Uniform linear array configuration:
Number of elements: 48
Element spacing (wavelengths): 0.5
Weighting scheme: kaiser
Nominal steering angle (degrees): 60
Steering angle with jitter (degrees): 61.927
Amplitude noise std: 0.05
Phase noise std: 0.05

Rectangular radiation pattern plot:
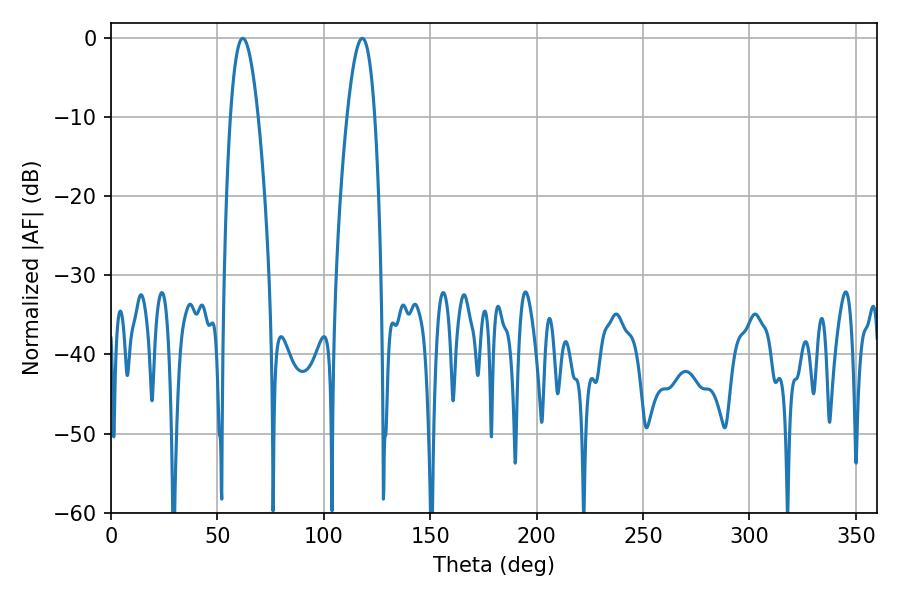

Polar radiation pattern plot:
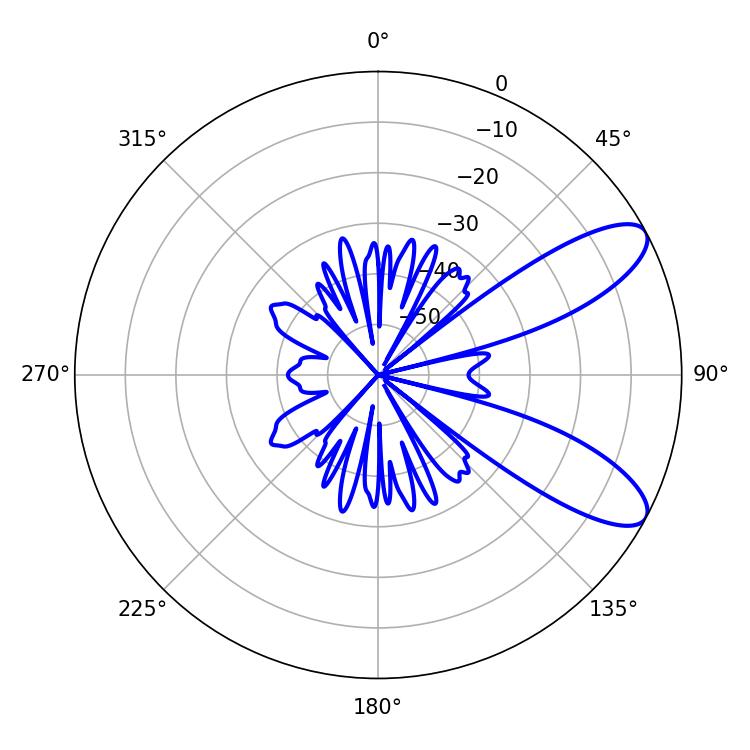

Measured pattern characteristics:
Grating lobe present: FALSE
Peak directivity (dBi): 9.241
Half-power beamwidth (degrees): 7.2
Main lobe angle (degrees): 61.92